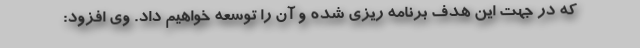
که در جهت این هدف برنامه ریزی شده و آن را توسعه خواهیم داد. وی افزود: